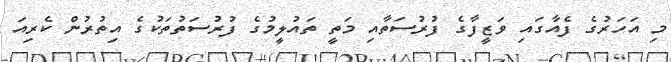
މި އަހަރުގެ ފެއާގައި ވަޒީފާގެ ފުރުސަތާއި މަތީ ތައުލީމުގެ ފުރުސަތުތަކުގެ އިތުރުން ކެރިއަ